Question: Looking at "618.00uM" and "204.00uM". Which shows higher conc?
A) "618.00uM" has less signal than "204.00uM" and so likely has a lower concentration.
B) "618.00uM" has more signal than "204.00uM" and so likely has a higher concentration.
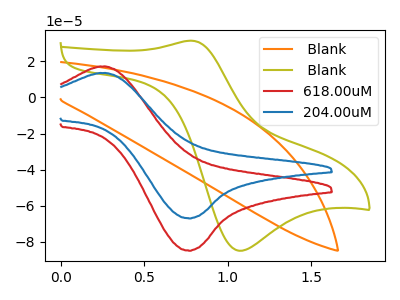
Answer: <think>The orange curve " Blank" has no peaks. The olive curve " Blank" has an anodic peak at (0.80V, 31.45uA) and a cathodic peak at (1.05V, -84.85uA). The red curve "618.00uM" has an anodic peak at (0.30V, 17.05uA) and a cathodic peak at (0.75V, -84.85uA). The blue curve "204.00uM" has an anodic peak at (0.30V, 13.45uA) and a cathodic peak at (0.75V, -67.00uA).
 All the peaks in "618.00uM" have a peak in "204.00uM" at the same potential. Every peak in "618.00uM" is higher than every peak in "204.00uM".</think>
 <answer>B) "618.00uM" has more signal than "204.00uM" and so likely has a higher concentration.</answer>
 <eval>B</eval>